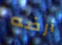
أرضه